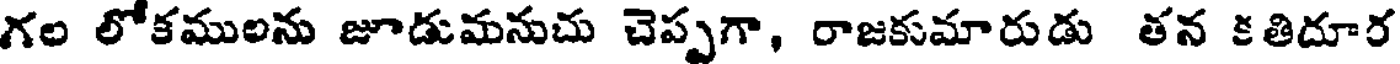
గల లోకములను జూడుమనుచు చెప్పగా, రాజకుమారుడు తన కతిదూర